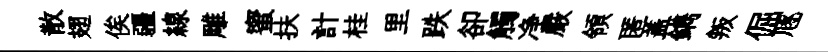
散翅俟疆線雕蜜扶計桂里跌卻觸净嚴領匿盖鐫叛倔豗